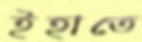
ইহাতে